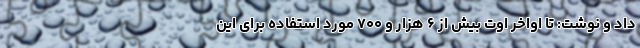
داد و نوشت: تا اواخر اوت بیش از ۶ هزار و ۷۰۰ مورد استفاده برای این